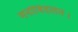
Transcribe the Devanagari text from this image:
मनोविदलन।